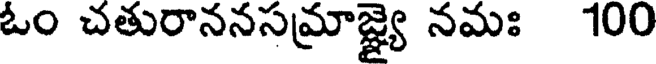
ఓం చతురాననసమ్రాజ్ఞ్యై నమః 100